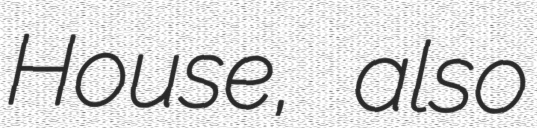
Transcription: House, also